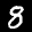
Label: 8